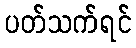
ပတ်သက်ရင်